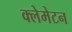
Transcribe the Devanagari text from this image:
क्लेमेटन